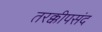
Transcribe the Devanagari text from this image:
तरक्कीपसंद